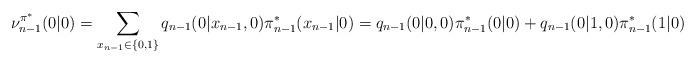
LaTeX: \begin{align*}\nu^{\pi^*}_{n-1}(0|0)&=\sum_{x_{n-1}\in\{0,1\}}q_{n-1}(0|x_{n-1},0)\pi^*_{n-1}(x_{n-1}|0)=q_{n-1}(0|0,0)\pi^*_{n-1}(0|0)+q_{n-1}(0|1,0)\pi^*_{n-1}(1|0)\end{align*}